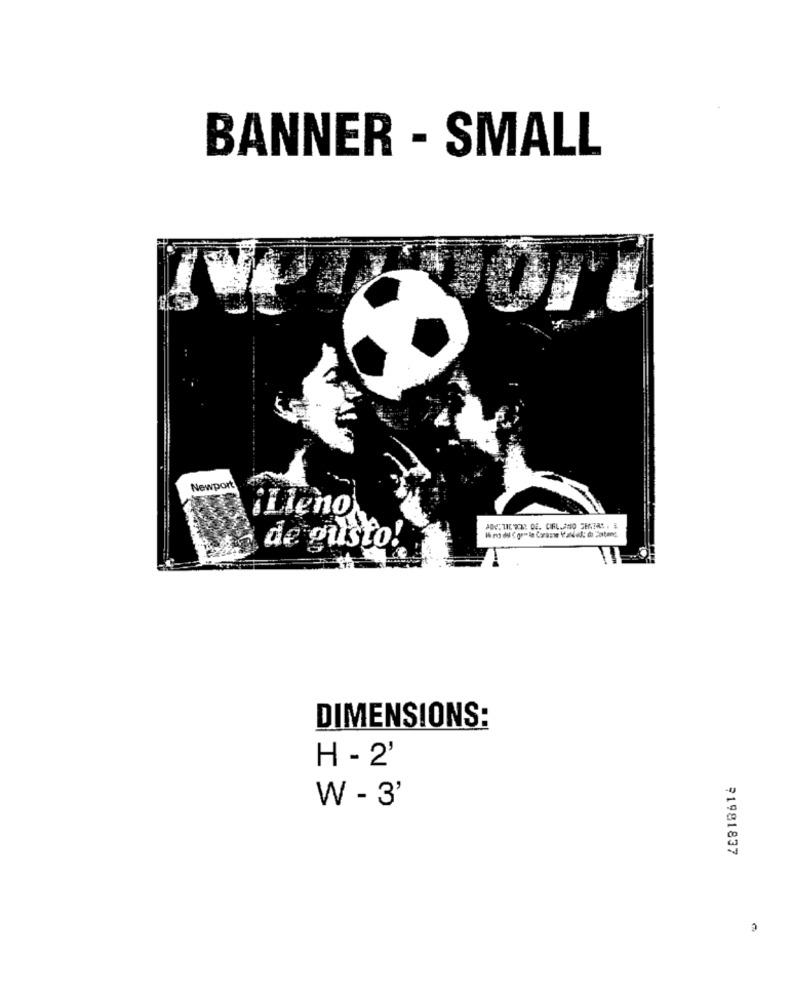
BANNER - SMALL
Newport
¿Lieno
de gusto!
DIMENSIONS:
H - 2'
W - 3'
91981837
€